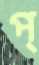
প্